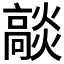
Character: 𭶟